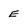
Character: e